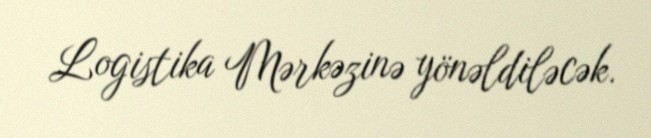
Logistika Mərkəzinə yönəldiləcək.